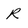
Character: R